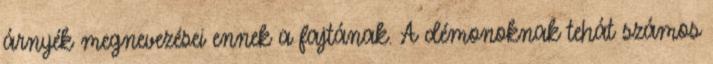
árnyék megnevezései ennek a fajtának. A démonoknak tehát számos